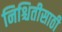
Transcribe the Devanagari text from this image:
निश्चितीसाठी